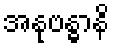
အနုဗန္ဓာနိ